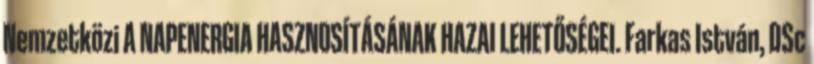
Nemzetközi A NAPENERGIA HASZNOSÍTÁSÁNAK HAZAI LEHETŐSÉGEI. Farkas István, DSc